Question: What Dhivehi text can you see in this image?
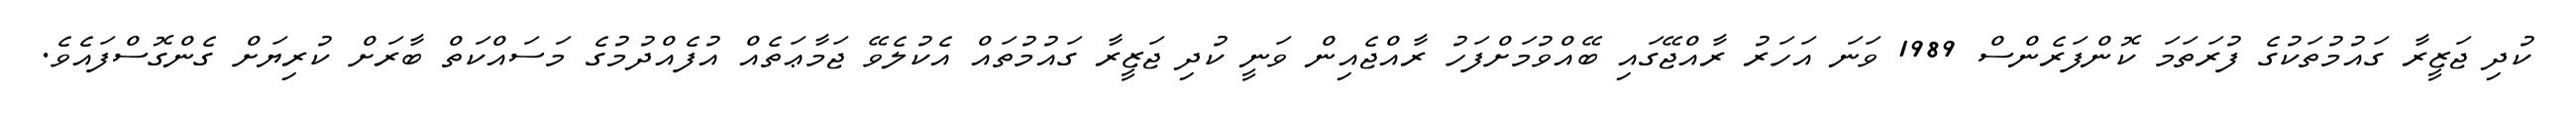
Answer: ކުދި ޖަޒީރާ ގައުމުތަކުގެ ފުރަތަމަ ކޮންފަރެންސް 1989 ވަނަ އަހަރު ރާއްޖޭގައި ބޭއްވުމަށްފަހު ރާއްޖެއިން ވަނީ ކުދި ޖަޒީރާ ގައުމުތައް އެކުލެވޭ ޖަމާޢަތެއް އުފެއްދުމުގެ މަސައްކަތް ބާރަށް ކުރިޔަށް ގެންގޮސްފައެވެ.